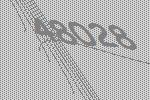
48028